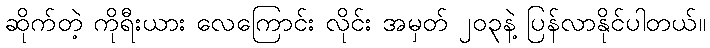
ဆိုက်တဲ့ ကိုရီးယား လေကြောင်း လိုင်း အမှတ် ၂၀၃နဲ့ ပြန်လာနိုင်ပါတယ်။